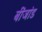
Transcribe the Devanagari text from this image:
बींजांड